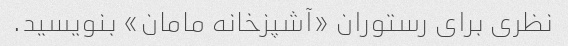
نظری برای رستوران «آشپزخانه مامان» بنویسید.